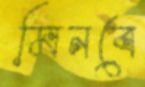
মিনবে